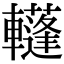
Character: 𨏕